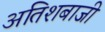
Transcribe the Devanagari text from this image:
अतिशबाजी